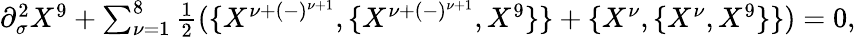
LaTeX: \begin{array}{lcr}{{\partial_{\sigma}^{2}X^{9}+\sum_{\nu=1}^{8}{\frac{1}{2}}(\{ X^{\nu+(-)^{\nu+1}},\{ X^{\nu+(-)^{\nu+1}},X^{9}\} \} +\{ X^{\nu},\{ X^{\nu},X^{9}\} \} )=0,}}\end{array}